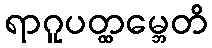
ရာဂူပတ္ထမ္ဘေတိ